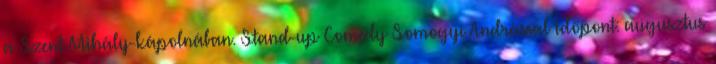
a Szent Mihály-kápolnában. Stand-up Comedy Somogyi Andrással Időpont: augusztus